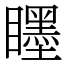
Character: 䁼